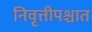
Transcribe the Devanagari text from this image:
निवृत्तीपश्चात